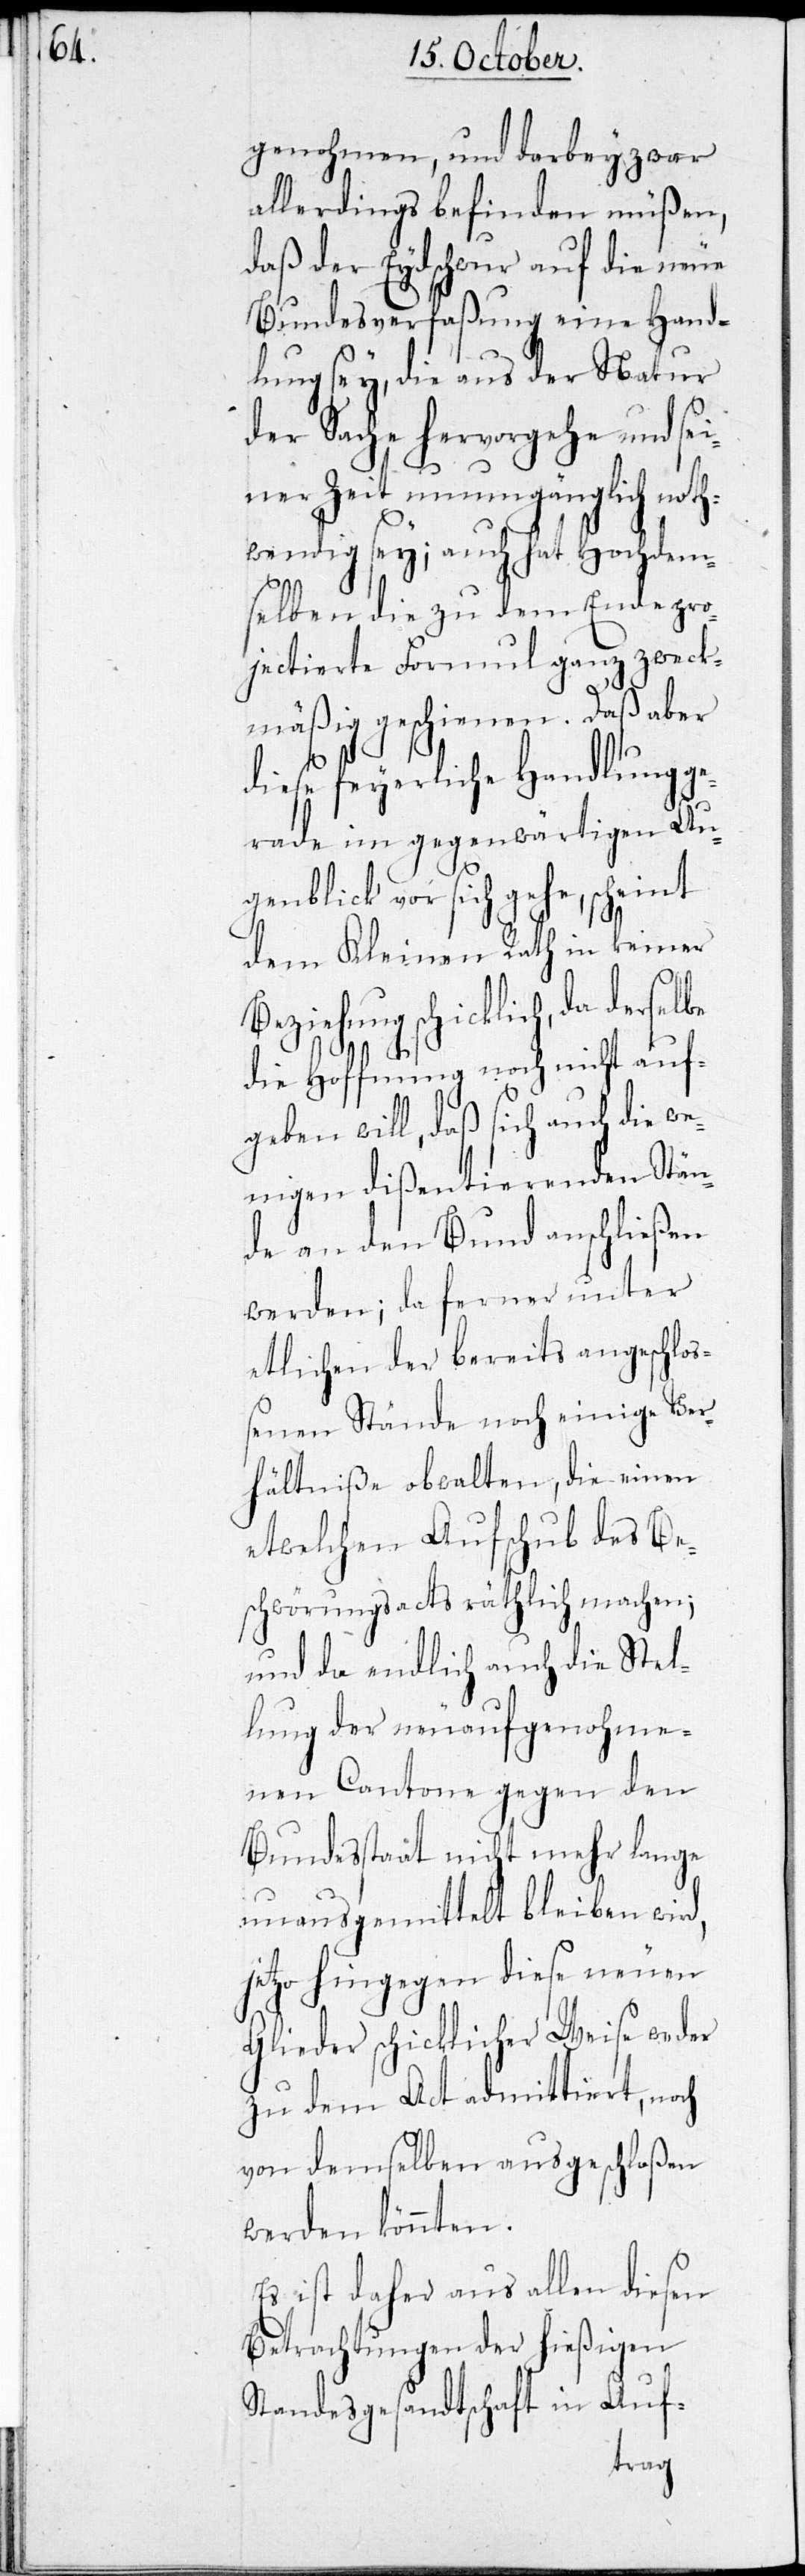
genohmen, und darbey zwar
allerdings befinden müßen,
daß der Eydschwur auf die neue
Bundesverfaßung eine Hand¬
lung sey, die aus der Natur
der Sache hervorgehe und sei¬
ner Zeit unumgänglich noth¬
wendig sey; auch hat Hochdem¬
selben die zu dem Ende pro¬
jectierte Formul ganz zweck¬
mäßig geschienen. Daß aber
diese feyerliche Handlung ge¬
rade im gegenwärtigen Au¬
genblick vor sich gehe, scheint
dem Kleinen Rath in keiner
Beziehung schicklich, da derselbe
die Hoffnung noch nicht auf¬
geben will, daß sich auch die we¬
nigen dißentierenden Stän¬
de an den Bund anschließen
werden; da ferner unter
etlichen der bereits angeschloß¬
enen Stände noch einige Ver¬
hältniße obwalten, die einen
etwelchen Aufschub des Be¬
schwörungsacts räthlich machen;
und da endlich auch die Stel¬
lung der neuaufgenohme¬
nen Cantone gegen den
Bundesstaat nicht mehr lange
unausgemittelt bleiben wird,
jetzo hingegen diese neuen
Glieder schicklicher Weise weder
zu dem Act admittiert, noch
von demselben ausgeschloßen
werden könnten.
Es ist daher aus allen diesen
Betrachtungen der hießigen
Standesgesandtschaft in Auf-